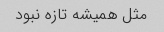
مثل همیشه تازه نبود